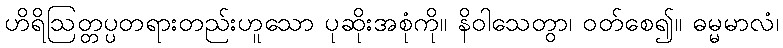
ဟိရိဩတ္တပ္ပတရားတည်းဟူသော ပုဆိုးအစုံကို။ နိဝါသေတွာ၊ ဝတ်စေ၍။ ဓမ္မမာလံ၊